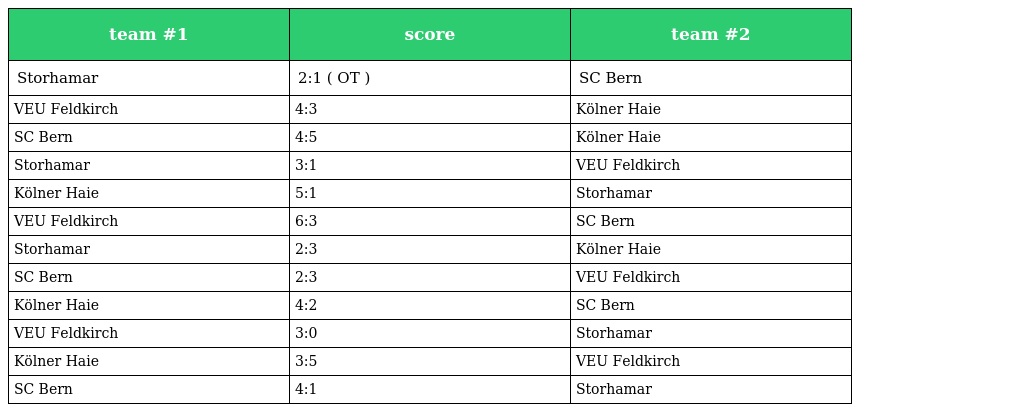
| team #1 | score | team #2 |
 | --- | --- | --- |
 | Storhamar | 2:1 ( OT ) | SC Bern |
 | VEU Feldkirch | 4:3 | Kölner Haie |
 | SC Bern | 4:5 | Kölner Haie |
 | Storhamar | 3:1 | VEU Feldkirch |
 | Kölner Haie | 5:1 | Storhamar |
 | VEU Feldkirch | 6:3 | SC Bern |
 | Storhamar | 2:3 | Kölner Haie |
 | SC Bern | 2:3 | VEU Feldkirch |
 | Kölner Haie | 4:2 | SC Bern |
 | VEU Feldkirch | 3:0 | Storhamar |
 | Kölner Haie | 3:5 | VEU Feldkirch |
 | SC Bern | 4:1 | Storhamar |